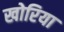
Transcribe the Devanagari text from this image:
खोरिया